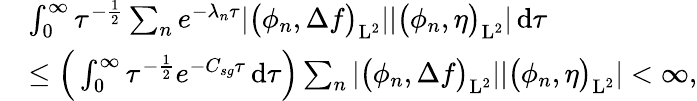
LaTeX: \begin{array}{rl}&{\int_{0}^{\infty}\tau^{-\frac{1}{2}}\sum_{n}e^{-\lambda_{n}\tau}\vert\big(\phi_{n},\Delta f\big)_{\mathrm{L}^{2}}\vert\vert\big(\phi_{n},\eta\big)_{\mathrm{L}^{2}}\vert\, \mathrm{d}\tau}\\ &{\leq\Big(\int_{0}^{\infty}\tau^{-\frac{1}{2}}e^{-C_{sg}\tau}\, \mathrm{d}\tau\Big)\sum_{n}\vert\big(\phi_{n},\Delta f\big)_{\mathrm{L}^{2}}\vert\vert\big(\phi_{n},\eta\big)_{\mathrm{L}^{2}}\vert<\infty,}\end{array}